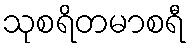
သုစရိတမာစရီ